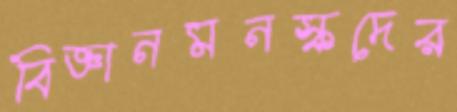
বিজ্ঞানমনস্কদের